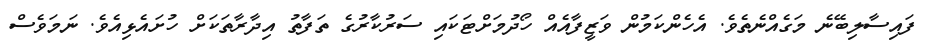
ފައިސާލިބޭނެ މަގެއްނެތެވެ. އެހެންކަމުން ވަޒީފާއެއް ހޯދުމަށްޓަކައި ސަރުކާރުގެ ތަފާތު އިދާރާތަކަށް ހުށައެޅިއެވެ. ނަމަވެސް